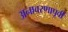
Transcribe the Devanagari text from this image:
अनावरणापूर्वी